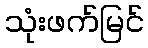
သုံးဖက်မြင်